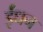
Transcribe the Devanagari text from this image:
र्इंधन